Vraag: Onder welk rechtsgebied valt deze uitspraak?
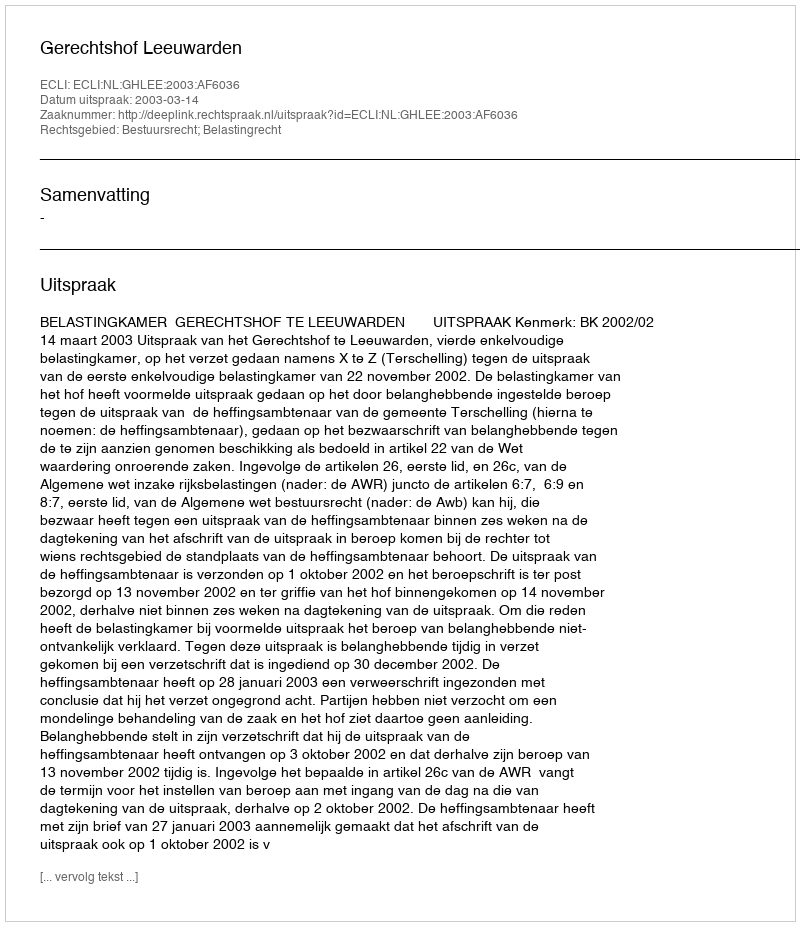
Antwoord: Bestuursrecht; Belastingrecht